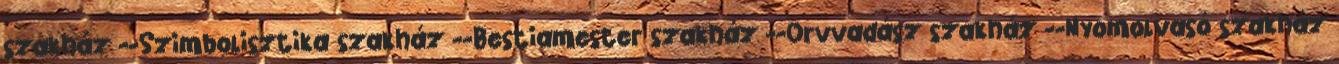
szakház --Szimbolisztika szakház --Bestiamester szakház --Orvvadász szakház --Nyomolvasó szakház